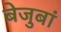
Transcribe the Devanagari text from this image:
बेजुबां